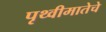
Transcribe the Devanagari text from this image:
पृथ्वीमातेचे